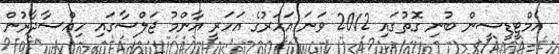
އެމްޓީޑީސީން ބުނި ގޮތުގައި 2012 ވަނަ އަހަރުގެ އަހަރީ އާންމު ޖަލްސާގައި ހިއްސާދާރުން